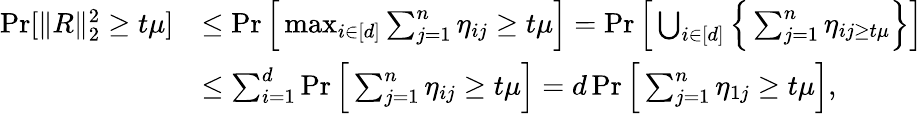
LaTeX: \begin{array}{rl}{\operatorname*{Pr}[\| R\| _{2}^{2}\geq t\mu]}&{\leq\operatorname*{Pr}\Big[\operatorname*{max}_{i\in[d]}\sum_{j=1}^{n}\eta_{ij}\geq t\mu\Big]=\operatorname*{Pr}\Big[\bigcup_{i\in[d]}\Big\{ \sum_{j=1}^{n}\eta_{ij\geq t\mu}\Big\} \Big]}\\ &{\leq\sum_{i=1}^{d}\operatorname*{Pr}\Big[\sum_{j=1}^{n}\eta_{ij}\geq t\mu\Big]=d\operatorname*{Pr}\Big[\sum_{j=1}^{n}\eta_{1j}\geq t\mu\Big],}\end{array}